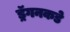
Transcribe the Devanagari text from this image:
ड्रॅगनकडे